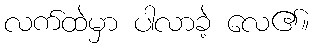
လက်ထဲမှာ ပါလာခဲ့ လေ၏။